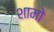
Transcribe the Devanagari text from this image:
शामो